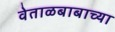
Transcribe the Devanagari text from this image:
वेताळबाबाच्या